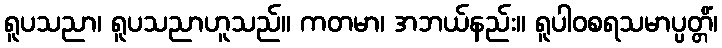
ရူပသညာ၊ ရူပသညာဟူသည်။ ကတမာ၊ အဘယ်နည်း။ ရူပါဝစရသမာပ္ပတ္တိံ၊